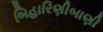
બિહારિણીબાણી